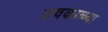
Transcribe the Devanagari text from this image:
अवकाळ्या